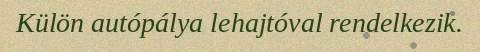
Külön autópálya lehajtóval rendelkezik.